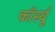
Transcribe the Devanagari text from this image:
कॉर्स्यू